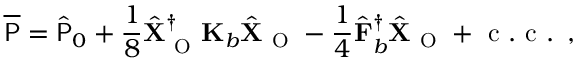
\overline { { \mathsf { P } } } = \hat { \mathsf { P } } _ { 0 } + \frac { 1 } { 8 } \hat { \mathbf { X } } _ { \mathrm { ~ O ~ } } ^ { \dagger } \mathbf { K } _ { b } \hat { \mathbf { X } } _ { \mathrm { ~ O ~ } } - \frac { 1 } { 4 } \hat { \mathbf { F } } _ { b } ^ { \dagger } \hat { \mathbf { X } } _ { \mathrm { ~ O ~ } } + \mathrm { ~ c ~ . ~ c ~ . ~ } \, ,